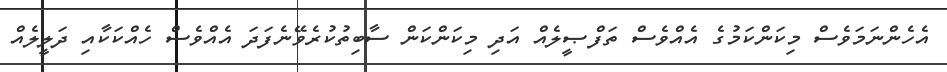
އެހެންނަމަވެސް މިކަންކަމުގެ އެއްވެސް ތަފްޞީލެއް އަދި މިކަންކަން ސާބިތުކުރެވޭނެފަދަ އެއްވެސް ހެއްކަކާއި ދަލީލެއް